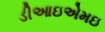
ડીઆઇએમઇ